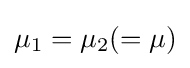
\mu _{1}=\mu _{2}(=\mu )